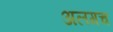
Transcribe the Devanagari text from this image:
अलगच